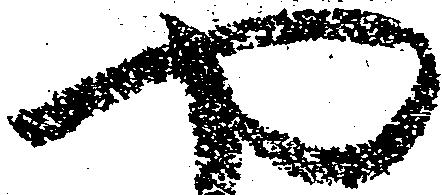
や